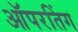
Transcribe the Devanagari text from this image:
ऑपरतिंग